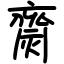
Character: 齌